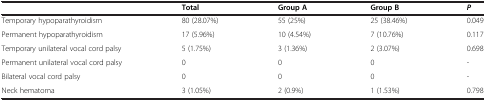
<table><thead><tr><td><b> </b></td><td><b>Total</b></td><td><b>Group A</b></td><td><b>Group B</b></td><td><b><i>P</i></b></td></tr></thead><tbody><tr><td>Temporary hypoparathyroidism</td><td>80 (28.07%)</td><td>55 (25%)</td><td>25 (38.46%)</td><td>0.049</td></tr><tr><td>Permanent hypoparathyroidism</td><td>17 (5.96%)</td><td>10 (4.54%)</td><td>7 (10.76%)</td><td>0.117</td></tr><tr><td>Temporary unilateral vocal cord palsy</td><td>5 (1.75%)</td><td>3 (1.36%)</td><td>2 (3.07%)</td><td>0.698</td></tr><tr><td>Permanent unilateral vocal cord palsy</td><td>0</td><td>0</td><td>0</td><td>-</td></tr><tr><td>Bilateral vocal cord palsy</td><td>0</td><td>0</td><td>0</td><td>-</td></tr><tr><td>Neck hematoma</td><td>3 (1.05%)</td><td>2 (0.9%)</td><td>1 (1.53%)</td><td>0.798</td></tr></tbody></table>